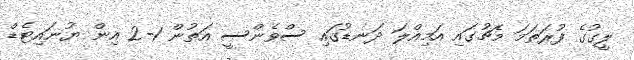
ލީގުގެ ފުރަތަމަ މެޗުގައި އަމިއްލަ ދަނޑުގައި ސްވެންސީ އަތުން 1-2 އިން ޔުނައިޓެޑް